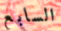
السابع